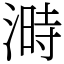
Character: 溡